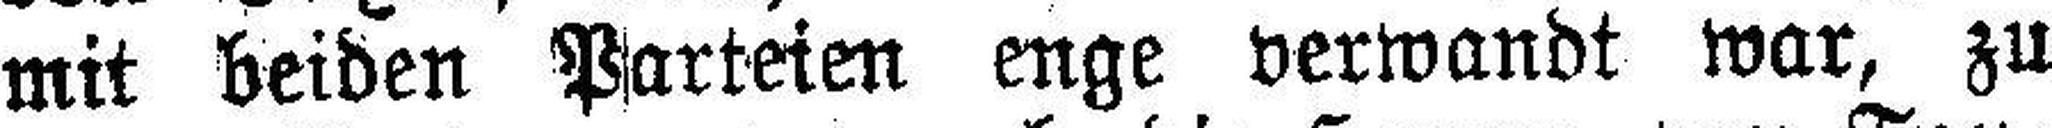
mit beiden Parteien enge verwandt war, zu